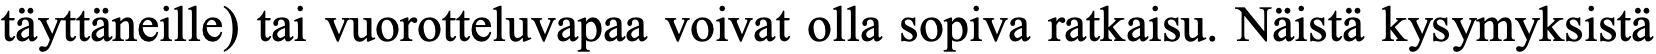
täyttäneille) tai vuorotteluvapaa voivat olla sopiva ratkaisu. Näistä kysymyksistä